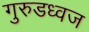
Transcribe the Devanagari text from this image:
गुरुडध्वज